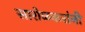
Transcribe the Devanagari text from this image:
सारोळकरांनी